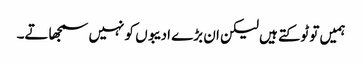
ہمیں تو ٹوکتے ہیں لیکن ان بڑے ادیبوں کو نہیں سمجھاتے۔